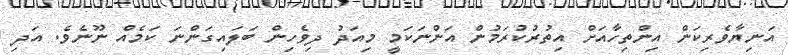
އަނިޔާވެރިކަން އިންތިހާއަށް އިތުރުކުރަމުން އަންނަކަމީ މިއަދު ދިވެހިން ބަލައިގަންނަ ކަމެއް ނޫނެވެ. އަދި